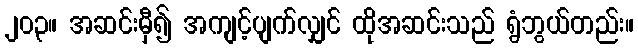
၂၀၃။ အဆင်းမှီ၍ အကျင့်ပျက်လျှင် ထိုအဆင်းသည် ရွံဘွယ်တည်း။